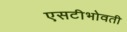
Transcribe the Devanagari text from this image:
एसटीभोवती